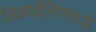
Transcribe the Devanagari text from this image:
डिझाईनिंगमध्ये